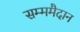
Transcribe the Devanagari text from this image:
सम्ममैदान